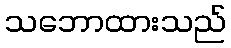
သဘောထားသည်